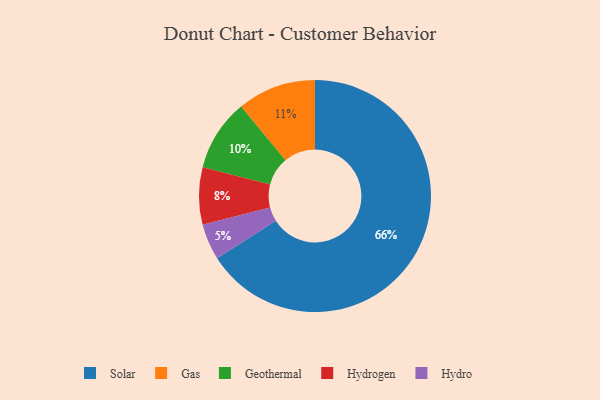
{"axis": {"x": "Category", "y": "Percentage"}, "legend": ["Gas", "Geothermal", "Hydro", "Hydrogen", "Solar"], "data": [{"x": "Hydro", "y": 5, "type": "Hydro"}, {"x": "Geothermal", "y": 10, "type": "Geothermal"}, {"x": "Hydrogen", "y": 8, "type": "Hydrogen"}, {"x": "Solar", "y": 66, "type": "Solar"}, {"x": "Gas", "y": 11, "type": "Gas"}]}